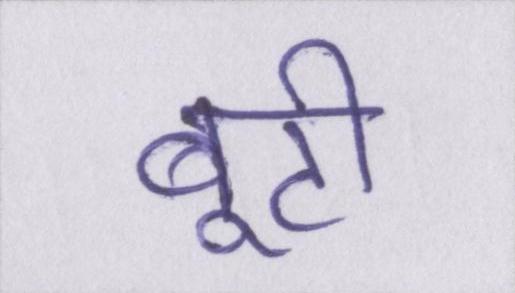
बूटी